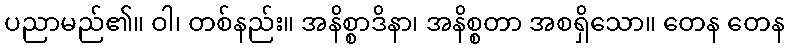
ပညာမည်၏။ ဝါ၊ တစ်နည်း။ အနိစ္စာဒိနာ၊ အနိစ္စတာ အစရှိသော။ တေန တေန